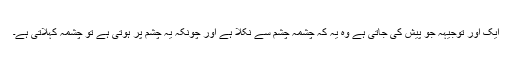
ایک اور توجیہہ جو پیش کی جاتی ہے وہ یہ کہ چشمہ چشم سے نکلا ہے اور چونکہ یہ چشم پر ہوتی ہے تو چشمہ کہلاتی ہے۔